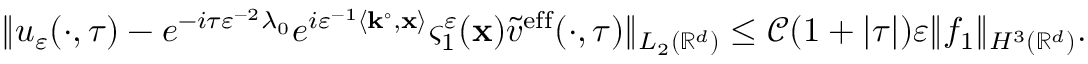
\| u _ { \varepsilon } ( \cdot , \tau ) - e ^ { - i \tau \varepsilon ^ { - 2 } \lambda _ { 0 } } e ^ { i \varepsilon ^ { - 1 } \left\langle \mathbf { k } ^ { \circ } , \mathbf { x } \right\rangle } \varsigma _ { 1 } ^ { \varepsilon } ( \mathbf { x } ) \tilde { v } ^ { \mathrm { e f f } } ( \cdot , \tau ) \| _ { L _ { 2 } ( \mathbb { R } ^ { d } ) } \le \mathcal { C } ( 1 + | \tau | ) \varepsilon \| f _ { 1 } \| _ { H ^ { 3 } ( \mathbb { R } ^ { d } ) } .